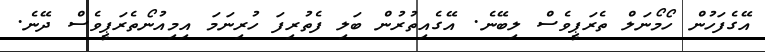
އޭގެފަހުން ހޯމޯނަލް ތެރަޕީވެސް ލިބޭނެ. އޭގެއިތުރުން ބަލި ފެތުރިފަ ހުރިނަމަ އިމިއުނޯތެރަޕީވެސް ދޭނެ.